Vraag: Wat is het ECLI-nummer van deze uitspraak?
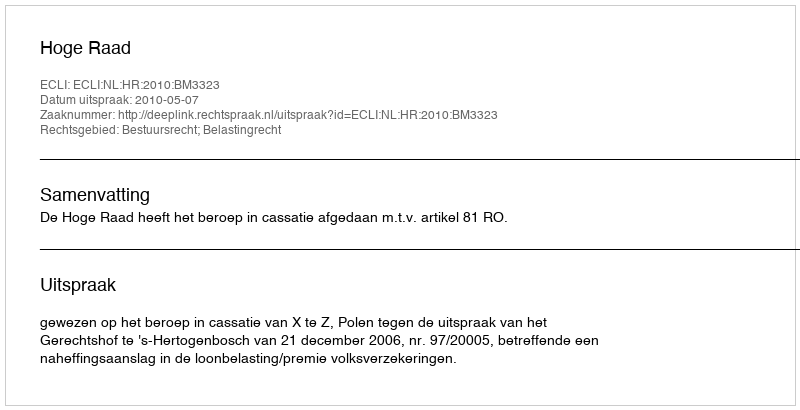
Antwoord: ECLI:NL:HR:2010:BM3323